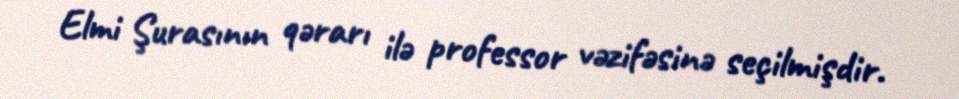
Elmi Şurasının qərarı ilə professor vəzifəsinə seçilmişdir.